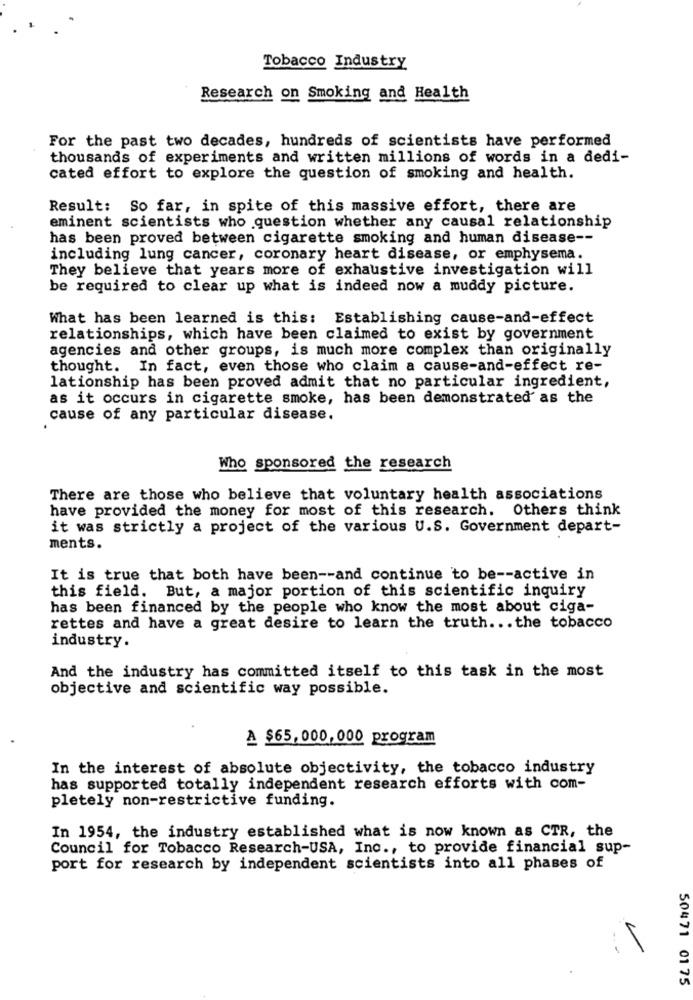
Tobacco Industry
Research on Smoking and Health
For the past two decades, hundreds of scientists have performed
thousands of experiments and written millions of words in a dedi-
cated effort to explore the question of smoking and health.
Result: So far, in spite of this massive effort, there are
eminent scientists who question whether any causal relationship
has been proved between cigarette smoking and human disease --
including lung cancer, coronary heart disease, or emphysema.
They believe that years more of exhaustive investigation will
be required to clear up what is indeed now a muddy picture.
What has been learned is this: Establishing cause-and-effect
relationships, which have been claimed to exist by government
agencies and other groups, is much more complex than originally
thought. In fact, even those who claim a cause-and-effect re-
lationship has been proved admit that no particular ingredient,
as it occurs in cigarette smoke, has been demonstrated as the
cause of any particular disease.
Who sponsored the research
There are those who believe that voluntary health associations
have provided the money for most of this research. Others think
it was strictly a project of the various U.S. Government depart-
ments.
It is true that both have been -- and continue to be -- active in
this field. But, a major portion of this scientific inquiry
has been financed by the people who know the most about ciga-
rettes and have a great desire to learn the truth ... the tobacco
industry.
And the industry has committed itself to this task in the most
objective and scientific way possible.
A $65,000,000 program
In the interest of absolute objectivity, the tobacco industry
has supported totally independent research efforts with com-
pletely non-restrictive funding.
In 1954, the industry established what is now known as CTR, the
Council for Tobacco Research-USA, Inc ., to provide financial sup-
port for research by independent scientists into all phases of
50471 01 75